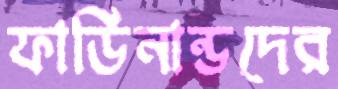
ফার্ডিনান্ডদের